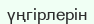
үңгірлерін